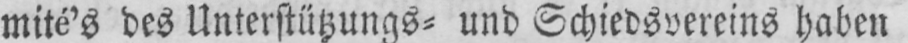
mité’s des Unterstützungs⸗ und Schiedsvereins haben